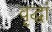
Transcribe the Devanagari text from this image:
वृद्धां